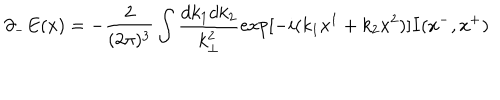
LaTeX: { \partial } _ { - } E ( x ) = - \frac { 2 } { ( 2 { \pi } ) ^ { 3 } } \int \frac { d k _ { 1 } d k _ { 2 } } { k _ { \bot } ^ { 2 } } \mathrm { e x p } [ - i ( k _ { 1 } x ^ { 1 } + k _ { 2 } x ^ { 2 } ) ] I ( x ^ { - } , x ^ { + } )